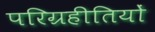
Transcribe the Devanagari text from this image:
परिग्रहीतियों